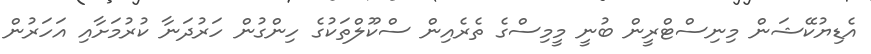
އެޑިޔުކޭޝަން މިނިސްޓްރީން ބުނީ މީމިސްގެ ތެރެއިން ސްކޫލްތަކުގެ ހިންގުން ހަރުދަނާ ކުރުމަށާއި އަހަރުން